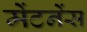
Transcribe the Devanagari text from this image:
मेंटनेंस